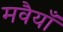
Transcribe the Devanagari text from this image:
मवैयाँ